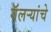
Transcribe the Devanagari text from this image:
गॅलऱ्यांचे